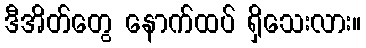
ဒီအိတ်တွေ နောက်ထပ် ရှိသေးလား။